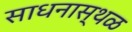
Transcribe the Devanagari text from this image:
साधनास्थळ